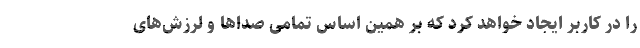
را در کاربر ایجاد خواهد کرد که بر همین اساس تمامی صداها و لرزش‌های